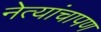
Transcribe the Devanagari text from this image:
नेत्यांचापण